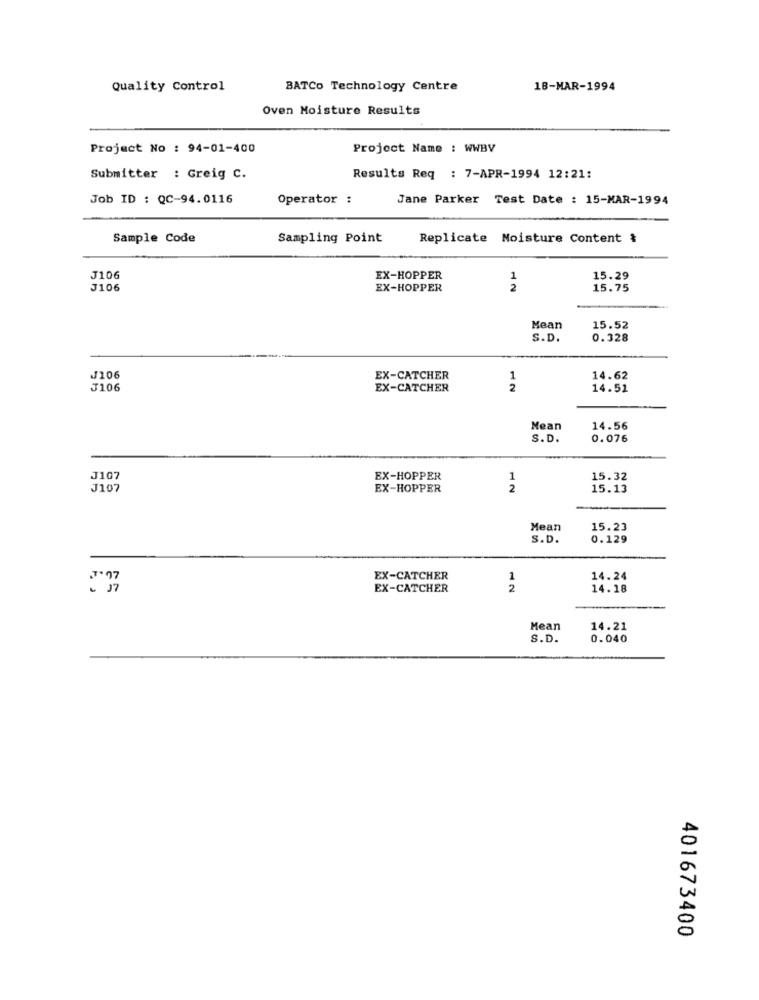
Quality Control
BATCO Technology Centre
18-MAR-1994
Oven Moisture Results
Project No : 94-01-400
Project Name : WWBV
Submitter : Greig c.
Results Req : 7-APR-1994 12:21:
Job ID : QC-94.0116
Operator :
Jane Parker Test Date : 15-MAR-1994
Sample Code
Sampling Point
Replicate Moisture Content &
J106
EX-HOPPER
1
15.29
J106
EX-HOPPER
2
15.75
Mean
15.52
S.D.
0.328
J106
EX-CATCHER
1
14.62
J106
EX-CATCHER
2
14.51
Mean
14.56
S. D.
0.076
J107
EX-HOPPER
1
15.32
J107
EX-HOPPER
2
15.13
Mean
15.23
S.D.
0.129
.7.77
EX-CATCHER
1
14.24
- 17
EX-CATCHER
2
14.18
Mean
14.21
S.D.
0.040
401673400